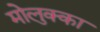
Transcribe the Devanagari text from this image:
मोलुक्का